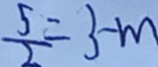
\frac { 5 } { 2 } = 3 - m